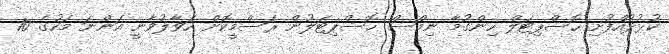
ކުޅުދުއްފުށި ހޮސްޕިޓަލް ހިންގުމާ ނިމްސް ހޮސްޕިޓަލުން ރަސްމީކޮށް ހަވާލުވާނީ އަންނަ މަހުގެ 10